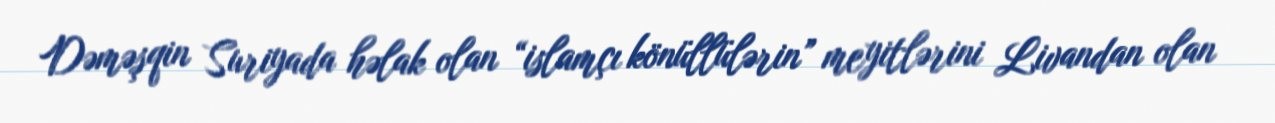
Dəməşqin Suriyada həlak olan “islamçı könüllülərin” meyitlərini Livandan olan